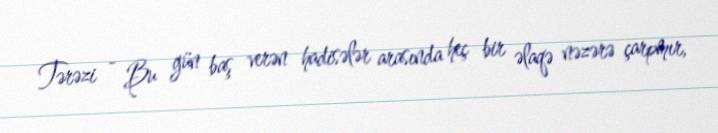
Tərəzi - Bu gün baş verən hadisələr arasında heç bir əlaqə nəzərə çarpmır,